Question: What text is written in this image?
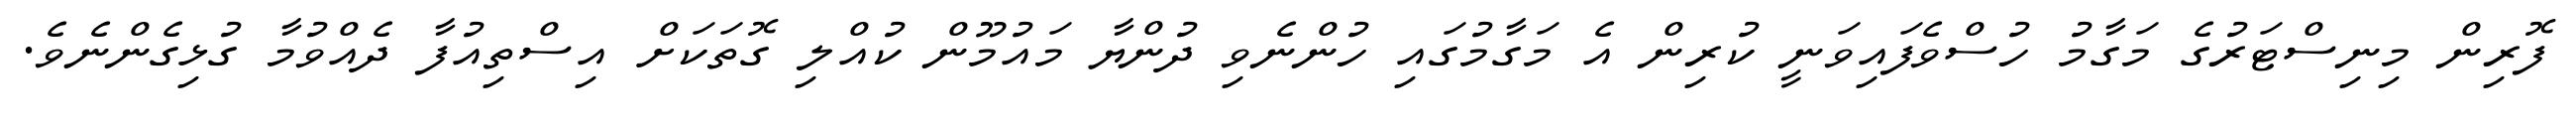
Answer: ފޮރިން މިނިސްޓަރުގެ މަގާމު ހުސްވެފައިވަނީ ކުރިން އެ މަގާމުގައި ހުންނެވި ދުންޔާ މައުމޫން ކުއްލި ގޮތަކަށް އިސްތިއުފާ ދެއްވުމާ ގުޅިގެންނެވެ.